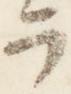
ラ